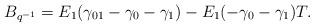
LaTeX: \begin{align*} B_{q^{-1}} = E_1(\gamma_{01} -\gamma_0 -\gamma_1) - E_1(-\gamma_0 -\gamma_1)T. \end{align*}